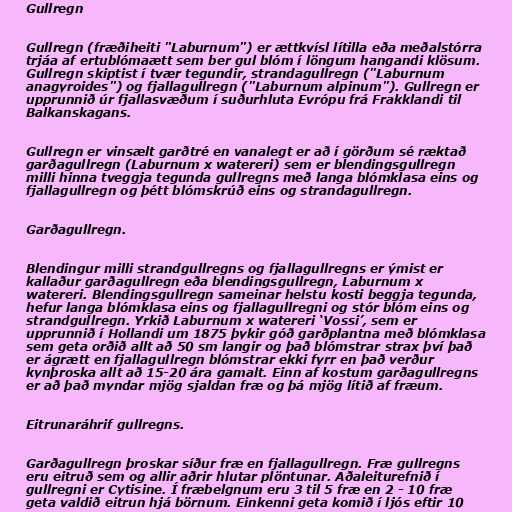
Gullregn

Gullregn (fræðiheiti "Laburnum") er ættkvísl lítilla eða meðalstórra
trjáa af ertublómaætt sem ber gul blóm í löngum hangandi klösum.
Gullregn skiptist í tvær tegundir, strandagullregn ("Laburnum
anagyroides") og fjallagullregn ("Laburnum alpinum"). Gullregn er
upprunnið úr fjallasvæðum í suðurhluta Evrópu frá Frakklandi til
Balkanskagans.

Gullregn er vinsælt garðtré en vanalegt er að í görðum sé ræktað
garðagullregn (Laburnum x watereri) sem er blendingsgullregn
milli hinna tveggja tegunda gullregns með langa blómklasa eins og
fjallagullregn og þétt blómskrúð eins og strandagullregn.

Garðagullregn.

Blendingur milli strandgullregns og fjallagullregns er ýmist er
kallaður garðagullregn eða blendingsgullregn, Laburnum x
watereri. Blendingsgullregn sameinar helstu kosti beggja tegunda,
hefur langa blómklasa eins og fjallagullregni og stór blóm eins og
strandgullregn. Yrkið Laburnum x watereri ‘Vossi’, sem er
upprunnið í Hollandi um 1875 þykir góð garðplantna með blómklasa
sem geta orðið allt að 50 sm langir og það blómstrar strax því það
er ágrætt en fjallagullregn blómstrar ekki fyrr en það verður
kynþroska allt að 15-20 ára gamalt. Einn af kostum garðagullregns
er að það myndar mjög sjaldan fræ og þá mjög lítið af fræum.

Eitrunaráhrif gullregns.

Garðagullregn þroskar síður fræ en fjallagullregn. Fræ gullregns
eru eitruð sem og allir aðrir hlutar plöntunar. Aðaleiturefnið í
gullregni er Cytisine. Í fræbelgnum eru 3 til 5 fræ en 2 - 10 fræ
geta valdið eitrun hjá börnum. Einkenni geta komið í ljós eftir 10